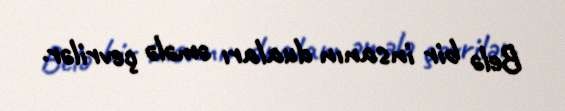
Belə bir insanın duaları əmələ çevrilər.